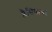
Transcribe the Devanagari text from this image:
क्लैसिफायर